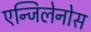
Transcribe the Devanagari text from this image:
एन्जिलेनोस